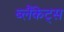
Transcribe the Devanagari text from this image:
ब्लैंकेट्स